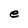
Character: e